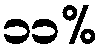
၁၁%